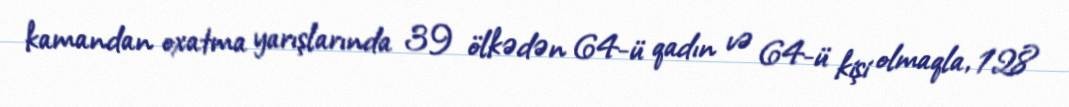
kamandan oxatma yarışlarında 39 ölkədən 64-ü qadın və 64-ü kişi olmaqla, 128